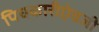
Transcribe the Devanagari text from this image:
पिचकारीऐवजी